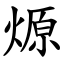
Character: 㷧